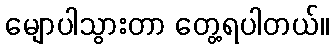
မျောပါသွားတာ တွေ့ရပါတယ်။